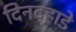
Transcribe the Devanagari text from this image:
दिनदह़ाडे